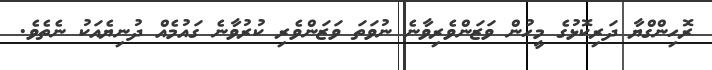
ރޮހިންގްޔާ ދަރިކޮޅުގެ މީހުން ވަޒަންވެރިވާނެ ނުވަތަ ވަޒަންވެރި ކުރުވާނެ ގައުމެއް ދުނިޔެއަކު ނެތެވެ.